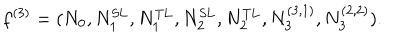
f ^ { ( 3 ) } = ( N _ { 0 } , N _ { 1 } ^ { \mathrm { S L } } , N _ { 1 } ^ { \mathrm { T L } } , N _ { 2 } ^ { \mathrm { S L } } , N _ { 2 } ^ { \mathrm { T L } } , N _ { 3 } ^ { ( 3 , 1 ) } , N _ { 3 } ^ { ( 2 , 2 ) } ) .